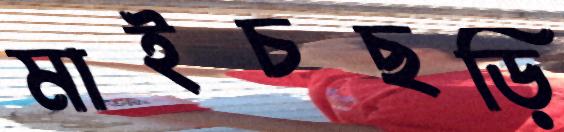
মাইচছড়ি